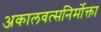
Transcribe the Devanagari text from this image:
अकालवत्सनिर्मोक्ता